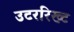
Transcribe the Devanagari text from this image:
उटररिख्ट